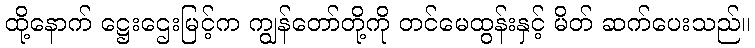
ထို့နောက် ဋ္ဌေးဌေးမြင့်က ကျွန်တော်တို့ကို တင်မေထွန်းနှင့် မိတ် ဆက်ပေးသည်။